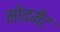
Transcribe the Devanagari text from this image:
मोवमेंट